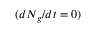
( d N _ { g } / d t = 0 )